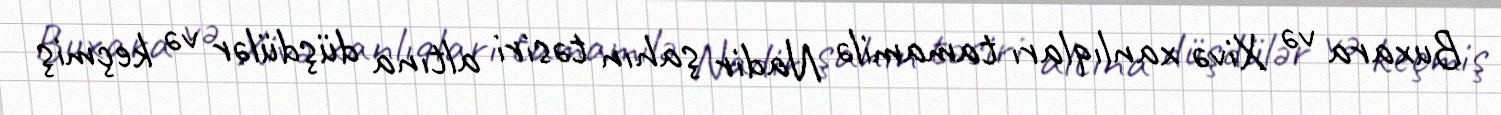
Buxara və Xivə xanlıqları tamamilə Nadir şahın təsiri altına düşdülər və keçmiş